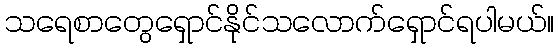
သရေစာတွေရှောင်နိုင်သလောက်ရှောင်ရပါမယ်။